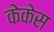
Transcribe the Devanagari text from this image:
केकेस